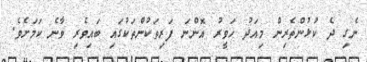
ނެގި ދެ ކުޅުންތެރިން މިއަދު ހަވީރު އޮންނަ ފަރިތަކުންތަކުގައި ބައިވެރި ވާނެ ކަމަށެވެ.